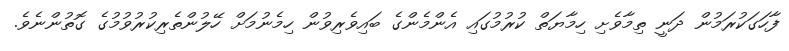
ފާހަގަކުރަމުން ދަނީ ތިމާވެށި ހިމާޔަތް ކުރުމުގައި އެންމެންގެ ބައިވެރިވުން ހިމެނުމަށް ހޭލުންތެރިކުރުވުމުގެ ގޮތުންނެވެ.